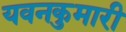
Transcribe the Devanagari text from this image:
यवनकुमारी